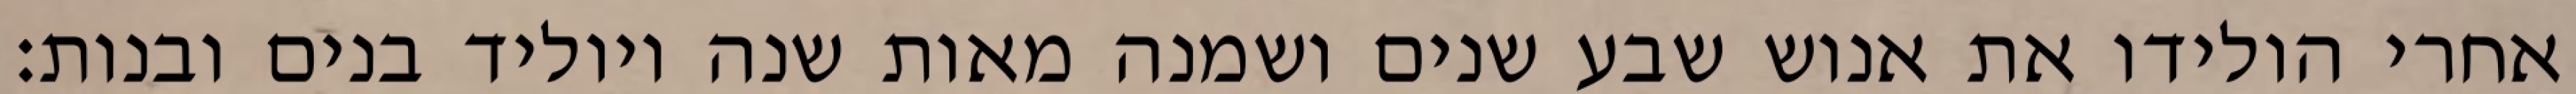
אחרי הולידו את אנוש שבע שנים ושמנה מאות שנה ויוליד בנים ובנות׃